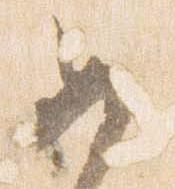
女